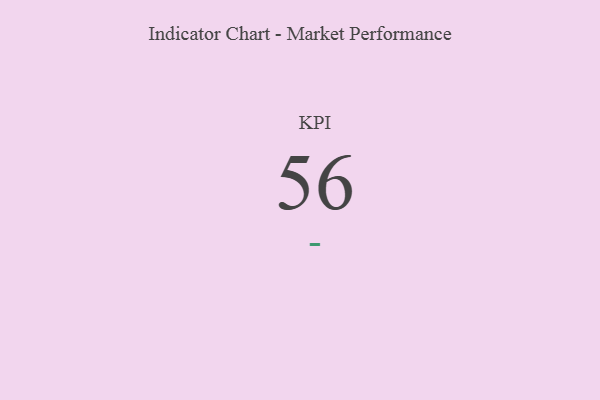
{"axis": {"x": "KPI", "y": "Value"}, "legend": [""], "data": [{"x": "KPI", "y": 56, "type": ""}]}